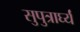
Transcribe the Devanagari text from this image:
सुपुत्रार्घ्यं